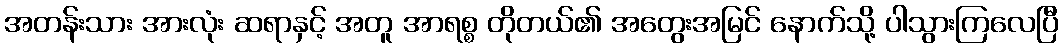
အတန်းသား အားလုံး ဆရာနှင့် အတူ အာရစ္စ တိုတယ်၏ အတွေးအမြင် နောက်သို့ ပါသွားကြလေပြီ